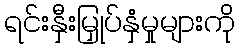
ရင်းနှီးမြှုပ်နှံမှုများကို